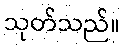
သုတ်သည်။